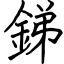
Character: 銻